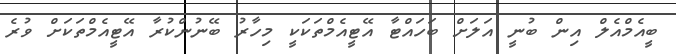
ބީއެމްއެލް އިން ބުނީ އަލަށް ބަހައްޓާ އޭޓީއެމްތަކަކީ މިހާރު ބޭނުންކުރާ އޭޓީއެމްތަކަށް ވުރެ